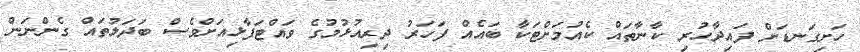
ހަށިގަނޑަށް ފައިދާހުރި ކާނާތައް ކެއުމަށްޓަކާ ބައެއް ފަހަރު ދިރިއުޅުމުގެ ވައްޓަފާޅިއަށްވެސް ބަދަލުތައް ގެންނަން